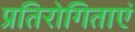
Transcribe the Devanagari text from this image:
प्रतिरोगिताएं